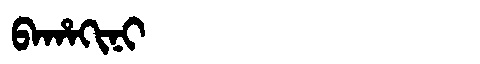
Manchu: ᠪᠠᡥᠠᡴᡳᠨᡳ
Romanization: BAHAKINI